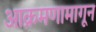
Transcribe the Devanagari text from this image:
आक्रमणामागून